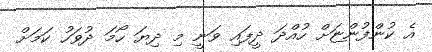
އެ ކުންފުންޏަށް ހުއްދަ ދީފައި ވަނީ މި ދިޔަ ހޯމަ ދުވަހު ކަމަށް